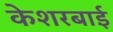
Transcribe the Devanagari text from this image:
केशरबाई